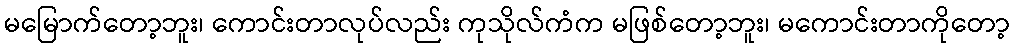
မမြောက်တော့ဘူး၊ ကောင်းတာလုပ်လည်း ကုသိုလ်ကံက မဖြစ်တော့ဘူး၊ မကောင်းတာကိုတော့